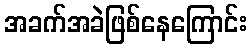
အခက်အခဲဖြစ်နေကြောင်း